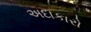
અદાકારો